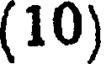
(10)